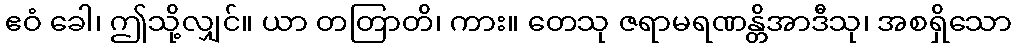
ဧဝံ ခေါ၊ ဤသို့လျှင်။ ယာ တတြာတိ၊ ကား။ တေသု ဇရာမရဏန္တိအာဒီသု၊ အစရှိသော